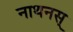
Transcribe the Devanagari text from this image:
नाथनस्